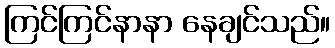
ကြင်ကြင်နာနာ နေချင်သည်။